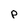
Character: p